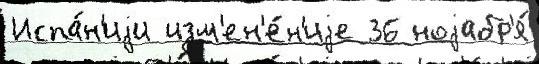
Испа́н'иjи изм'ен'е́н'иjе 36 ноjабр'я́